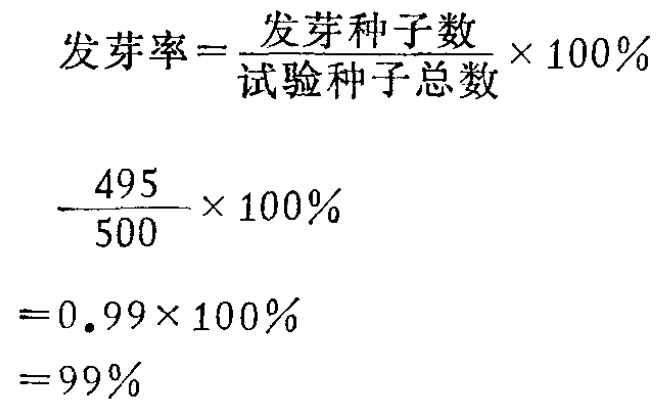
发芽率=\(\frac{发芽种子数}{试验种子总数}\times100\%\)

\(\frac{495}{500}\times100\%\)

\(=0.99\times100\%\)

\(=99\%\)